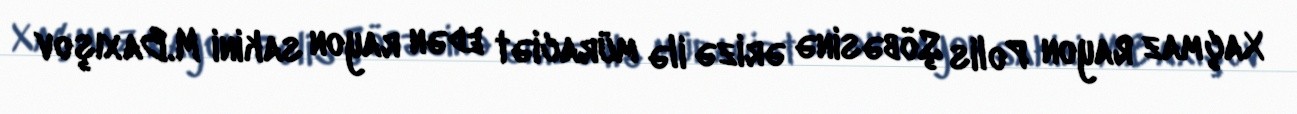
Xaçmaz Rayon Polis Şöbəsinə ərizə ilə müraciət edən rayon sakini M.Baxışov